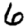
Digit: 6